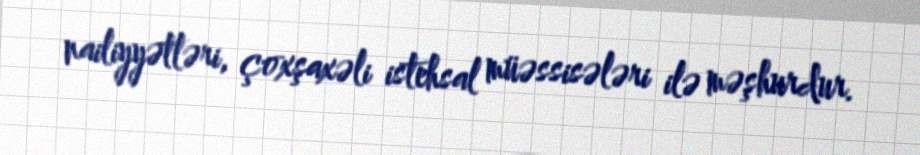
nailiyyətləri, çoxşaxəli istehsal müəssisələri ilə məşhurdur.